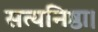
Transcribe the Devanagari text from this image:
सत्यनिष्ठा।